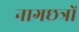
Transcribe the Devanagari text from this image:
नागछत्रों